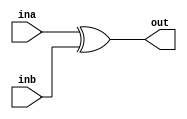
// SPDX-FileCopyrightText: SIMPLE-Crypto Contributors <info@simple-crypto.dev>
// SPDX-License-Identifier: CERN-OHL-P-2.0
// Copyright SIMPLE-Crypto Contributors.
// This source describes Open Hardware and is licensed under the CERN-OHL-P v2.
// You may redistribute and modify this source and make products using it under
// the terms of the CERN-OHL-P v2 (https://ohwr.org/cern_ohl_p_v2.txt).
// This source is distributed WITHOUT ANY EXPRESS OR IMPLIED WARRANTY, INCLUDING
// OF MERCHANTABILITY, SATISFACTORY QUALITY AND FITNESS FOR A PARTICULAR PURPOSE.
// Please see the CERN-OHL-P v2 for applicable conditions.

// Masked XOR gate.
`ifdef FULLVERIF
(* fv_prop = "affine", fv_strat = "isolate", fv_order = d *)
`endif
`ifndef DEFAULTSHARES
`define DEFAULTSHARES 2
`endif
module MSKxor #(parameter d=`DEFAULTSHARES, parameter count=1) (ina, inb, out);

(* fv_type = "sharing", fv_latency = 0, fv_count=count *) input  [count*d-1:0] ina, inb;
(* fv_type = "sharing", fv_latency = 0, fv_count=count *) output [count*d-1:0] out;

assign out = ina ^ inb;

endmodule